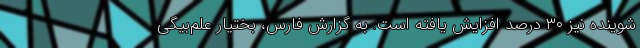
شوینده نیز ۳۰ درصد افزایش یافته است. به گزارش فارس، بختیار علم‌بیگی